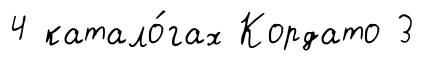
4 катало́гах Кордато 3